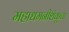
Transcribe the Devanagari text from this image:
महाधमनीशंकूचा